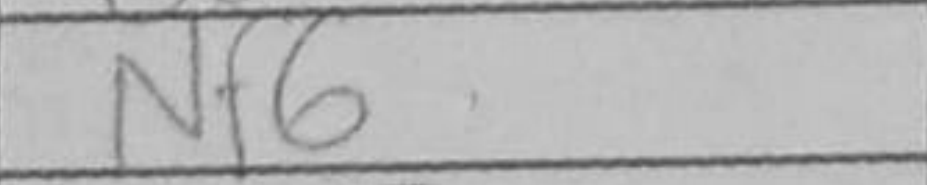
Transcription: Nf6